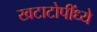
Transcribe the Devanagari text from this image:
खटाटोपींध्ये